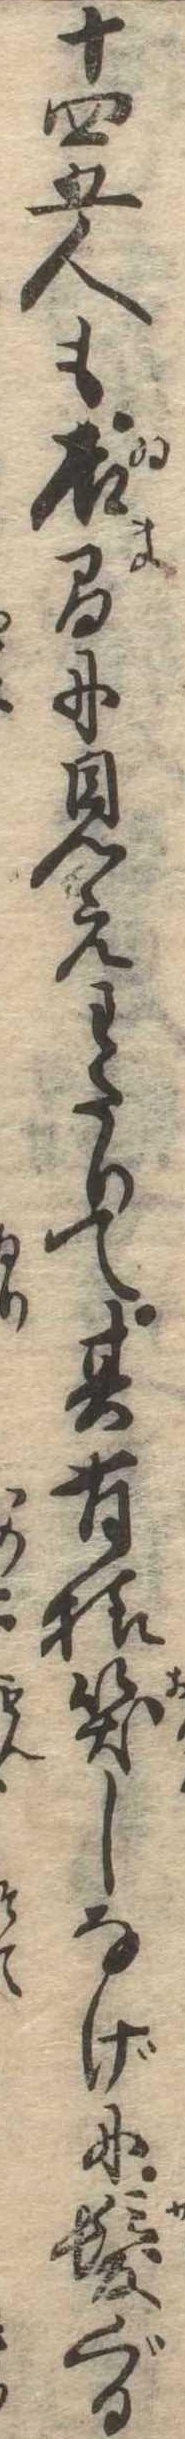
十四五人も居間に見えわたりて其有様笑しなげに髪ぐる